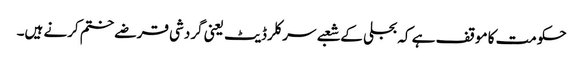
حکومت کا موقف ہے کہ بجلی کے شعبے سرکلر ڈیٹ یعنی گردشی قرضے ختم کرنے ہیں۔